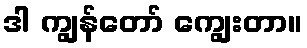
ဒါ ကျွန်တော် ကျွေးတာ။